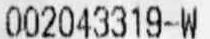
002043319-W